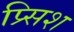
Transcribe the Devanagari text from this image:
प्र्सिश